Annual administration report of the Civil Veterinary Department of India - 1898-1899
Year: 1898
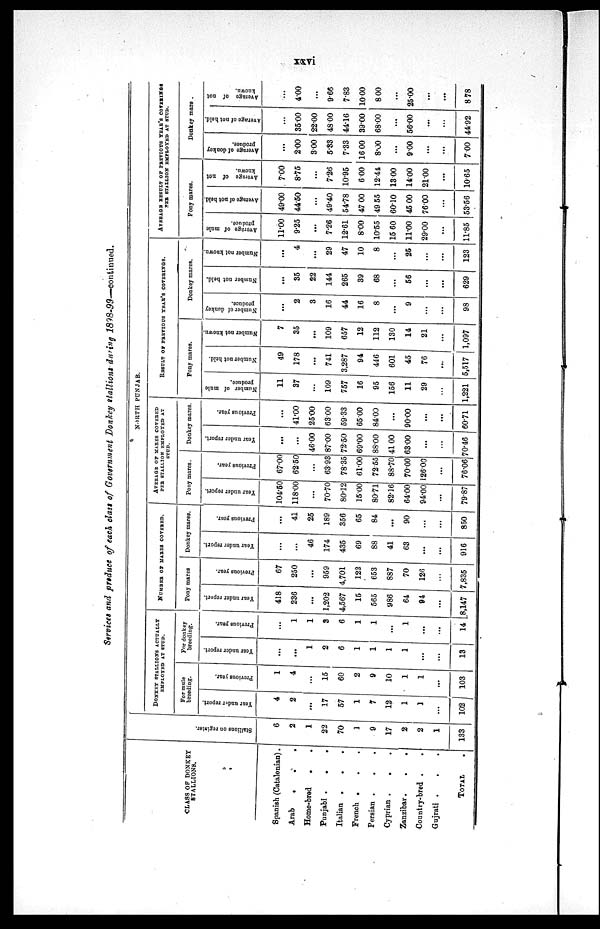
xxvi
Services and produce of each class of Government Donkey stallions during
1898-99—continued.
CLASS OF DONKEY
STALLIONS.
Spanish (Catalonian).
Arab
.
.
.
Home-bred . .
Punjabi .
.
.
Italian .
.
.
French . . .
Persian .
.
.
Cyprian . . .
Zanzibar .
.
.
Country-bred . .
Gujrati . . .
TOTAL .
Stallions on register.
6
2
1
22
70
1
9
17
2
2
1
133
NORTH PUNJAB
DONKEY STALLIONS ACTUALLY
EMPLOYED AT STUD.
For mule
breeding.
Year under report.
4
2
...
17
57
1
7
12
1
1
...
102
Previous year.
1
4
...
15
60
2
9
10
1
1
...
103
For donkey
breeding.
Year under report.
...
...
1
2
6
1
1
1
1
...
...
13
Previous year.
...
1
1
3
6
1
1
...
1
...
...
14
NUMBER OF MARES COVERED.
Pony mares
Year under report.
418
236
...
1,202
4,567
15
565
986
64
94
...
8,147
Previous year.
67
250
...
959
4,701
122
653
887
70
126
...
7,835
Donkey mares.
Year under report.
...
...
46
174
435
69
88
41
63
...
...
916
Previous year.
...
41
25
189
356
65
84
...
90
...
...
850
AVERAGE OF MARES COVERED
PER STALLION EMPLOYED AT
STUD.
Pony mares.
Year under report.
104.50
118.00
...
70.70
80.12
15.00
80.71
82.16
64.00
94.00
...
79.87
Previous year.
67.00
62.50
...
63.93
78.35
61.00
72.55
88.70
70.00
126.00
...
76.06
Donkey mares.
Year under report.
...
...
46.00
87.00
72.50
69.00
88.00
41.00
63.00
...
...
70.46
Previous year.
...
41.00
25.00
63.00
59.33
65.00
84.00
...
90.00
...
...
60.71
RESULT OF PERVIOUS YEAR'S COVERINGS.
Pony mares.
Number of mule
produce.
11
37
...
109
757
16
95
156
11
29
...
1,221
Number not held.
49
178
...
741
3,287
94
446
601
45
76
...
5,517
Number not known.
7
35
...
109
657
12
112
130
14
21
...
1,097
Donkey mares.
Number of donkey
produce.
...
2
3
16
44
16
8
...
9
...
...
98
Number not held.
...
35
22
144
265
39
68
...
56
...
...
629
Number not known.
...
4
...
29
47
10
8
...
25
...
...
123
AVERAGE RESULT OF PREVIOUS YEAR'S
COVERINGS
PER STALLION EMPLOYED AT STUD.
Pony mares.
Average of mule
produce.
11.00
9.25
...
7.26
12.61
8.00
10.55
15.60
11.00
29.00
...
11.85
Average of not held.
49.00
44.50
...
49.40
54.78
47.00
49.55
60.10
45.00
76.00
...
53.56
Average
of not
known.
7.00
8.75
...
7.26
10.95
6.00
12.44
13.00
14.00
21.00
...
10.65
Donkey mare.
Average of donkey
produce.
...
2.00
3.00
5.33
7.33
16.00
8.00
...
9.00
...
...
7.00
Average of not held.
...
35.00
22.00
48.00
44.16
39.00
68.00
...
56.00
...
...
44.92
Average of not
known.
...
4.00
...
9.66
7.83
10.00
8.00
...
25.00
...
...
8.78